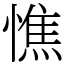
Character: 憔